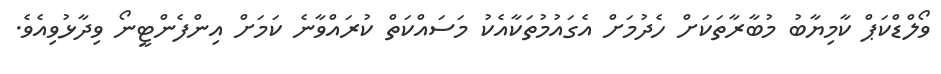
ވޯލްޑްކަޕް ކާމިޔާބު މުބާރާތަކަށް ހެދުމަށް އެގައުމުތަކާއެކު މަސައްކަތް ކުރައްވާނެ ކަމަށް އިންފެންޓީނޯ ވިދާޅުވިއެވެ.